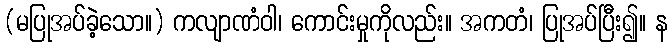
(မပြုအပ်ခဲ့သော။) ကလျာဏံဝါ၊ ကောင်းမှုကိုလည်း။ အကတံ၊ ပြုအပ်ပြီး၍။ န